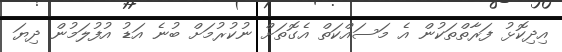
އިދިކޮޅު ފަރާތްތަކުން އެ މަސައްކަތް އެގޮތަށް ނުކުރުމަށް ބުނެ އަޑު އުފުލަމުން ދިޔަ